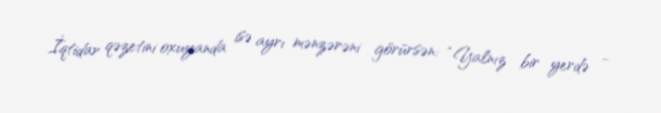
İqtidar qəzetini oxuyanda isə ayrı mənzərəni görürsən: “Yalnız bir yerdə -